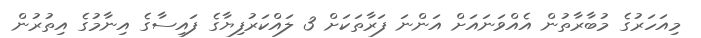
މިއަހަރުގެ މުބާރާތުން އެއްވަނައަށް އަންނަ ފަރާތަކަށް 3 ލައްކަރުފިޔާގެ ފައިސާގެ އިނާމުގެ އިތުރުން